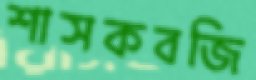
শাসকবজি